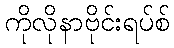
ကိုလိုနာဗိုင်းရပ်စ်